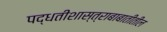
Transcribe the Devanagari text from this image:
पद्धतीशास्त्राबाबातीतील